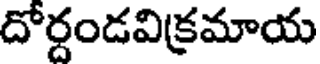
దోర్దండవిక్రమాయ